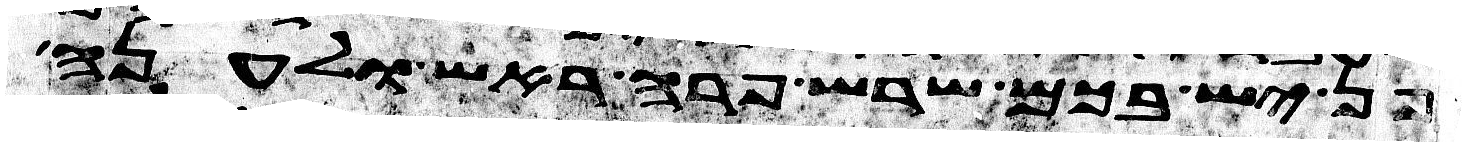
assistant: פן יש בכם שרש פרה ראש ולענה